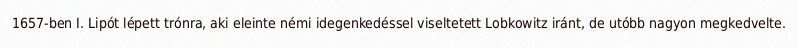
1657-ben I. Lipót lépett trónra, aki eleinte némi idegenkedéssel viseltetett Lobkowitz iránt, de utóbb nagyon megkedvelte.